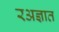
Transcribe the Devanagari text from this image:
रअज्ञात